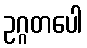
ဥဂ္ဂတပေါ